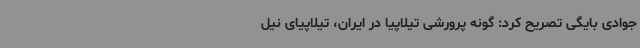
جوادی بایگی تصریح کرد: گونه پرورشی تیلاپیا در ایران، تیلاپیای نیل